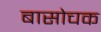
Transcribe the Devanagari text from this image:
बासोचक